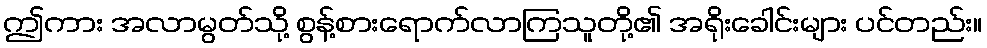
ဤကား အလာမွတ်သို့ စွန့်စားရောက်လာကြသူတို့၏ အရိုးခေါင်းများ ပင်တည်း။